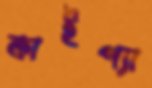
কাইপ্যা